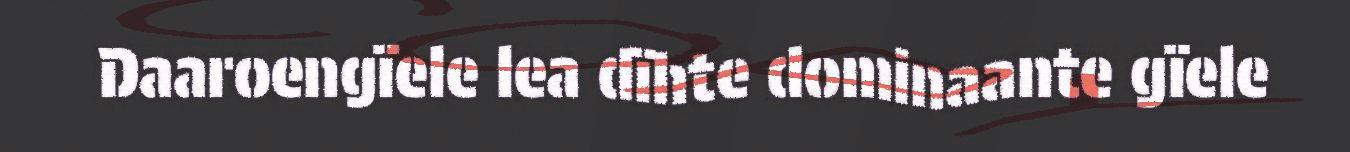
Daaroengïele lea dïhte dominaante gïele